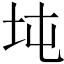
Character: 坉